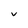
Character: V